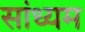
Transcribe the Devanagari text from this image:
सांध्यम